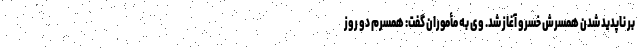
بر ناپدید شدن همسرش خسرو آغاز شد. وی به مأموران گفت: همسرم دو روز